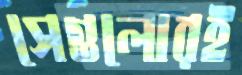
সেগুলোরই